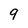
Character: 9